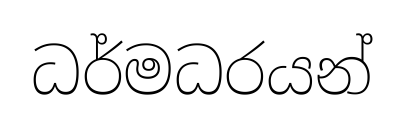
ධර්මධරයන්